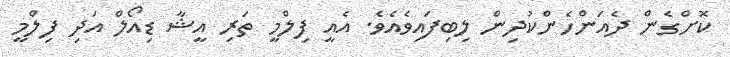
ކޮށްގެން ދެއަންހެންކުދިން ލިބިފައިވެއެވެ. އެއީ ފިލްމީ ތަރި އީޝާ ޑިއޯލް އަދި ފިލްމީ